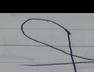
Signature authenticity: forged